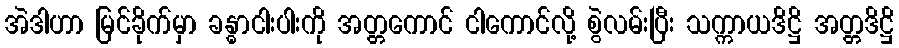
အဲဒါဟာ မြင်ခိုက်မှာ ခန္ဓာငါးပါးကို အတ္တကောင် ငါကောင်လို့ စွဲလမ်းပြီး သက္ကာယဒိဋ္ဌိ အတ္တဒိဋ္ဌိ